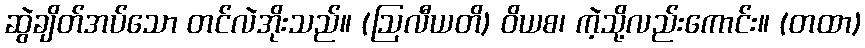
ဆွဲချိတ်အပ်သော တင်လဲအိုးသည်။ (ဩလီယတိ) ဝိယစ၊ ကဲ့သို့လည်းကောင်း။ (တထာ)